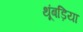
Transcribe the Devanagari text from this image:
थूंबड़िया